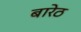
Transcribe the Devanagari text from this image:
बारेठ